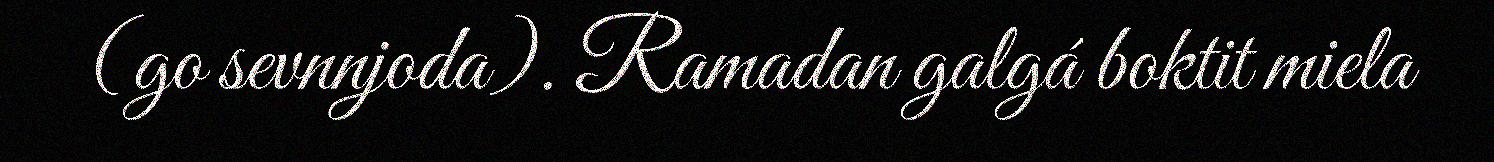
(go sevnnjoda). Ramadan galgá boktit miela